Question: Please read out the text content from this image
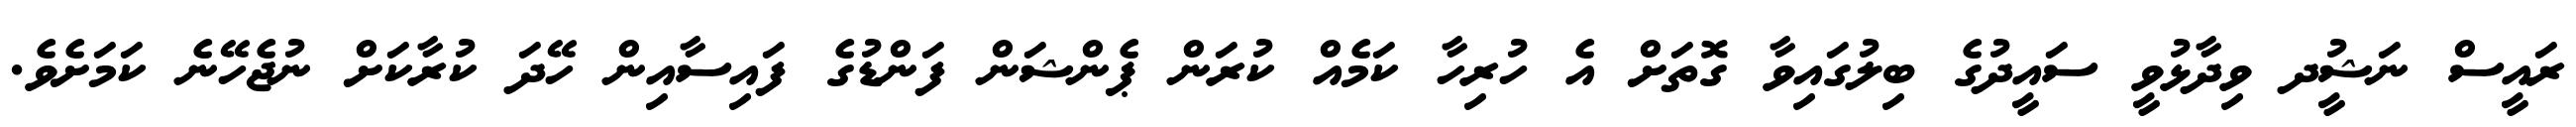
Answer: ރައީސް ނަޝީުދ ވިދާޅުވީ ސައީދުގެ ބިލުގައިވާ ގޮތަށް އެ ހުރިހާ ކަމެއް ކުރަން ޕެންޝަން ފަންޑުގެ ފައިސާއިން ހޭދަ ކުރާކަށް ނުޖެހޭނެ ކަމަށެވެ.